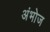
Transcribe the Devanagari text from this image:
अंभोज